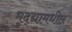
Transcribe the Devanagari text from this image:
मुद्द्यामधील